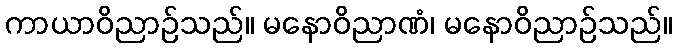
ကာယာဝိညာဉ်သည်။ မနောဝိညာဏံ၊ မနောဝိညာဉ်သည်။